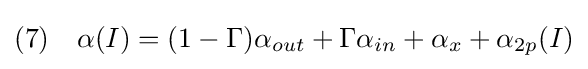
(7)\quad \alpha (I)=(1-\Gamma )\alpha _{out}+\Gamma \alpha _{in}+\alpha _{x}+\alpha _{2p}(I)